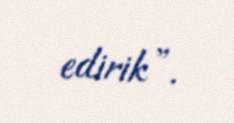
edirik”.